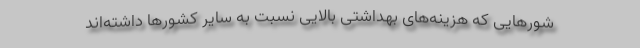
شورهایی که هزینه‌های بهداشتی بالایی نسبت به سایر کشورها داشته‌اند